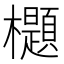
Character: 𣠢